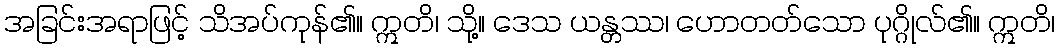
အခြင်းအရာဖြင့် သိအပ်ကုန်၏။ ဣတိ၊ သို့။ ဒေသ ယန္တဿ၊ ဟောတတ်သော ပုဂ္ဂိုလ်၏။ ဣတိ၊